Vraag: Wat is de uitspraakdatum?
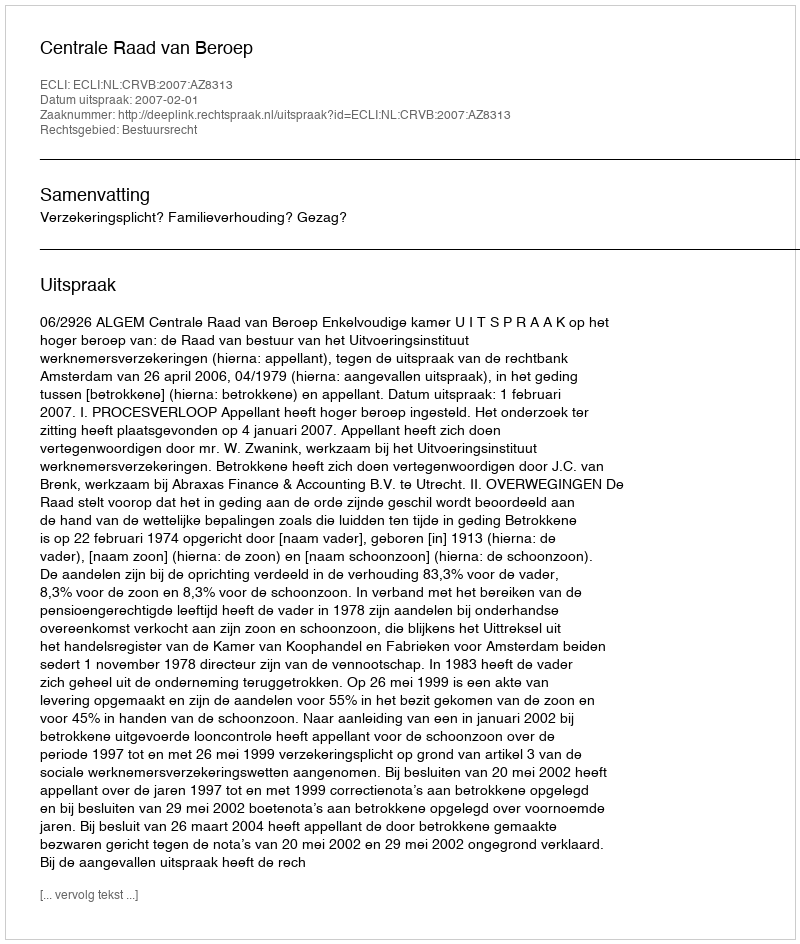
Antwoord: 2007-02-01